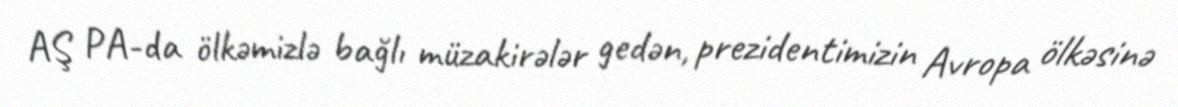
AŞ PA-da ölkəmizlə bağlı müzakirələr gedən, prezidentimizin Avropa ölkəsinə